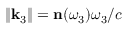
\| \mathbf { k } _ { 3 } \| = \mathbf { n } ( \omega _ { 3 } ) \omega _ { 3 } / c